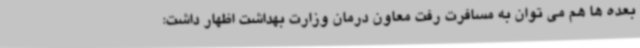
بعده ها هم می توان به مسافرت رفت معاون درمان وزارت بهداشت اظهار داشت: